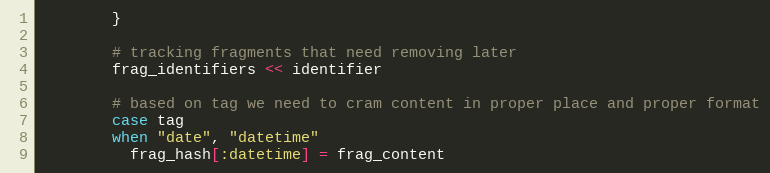
Language: Ruby
        }

        # tracking fragments that need removing later
        frag_identifiers << identifier

        # based on tag we need to cram content in proper place and proper format
        case tag
        when "date", "datetime"
          frag_hash[:datetime] = frag_content